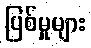
ပြစ်မှုများ